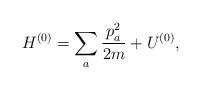
LaTeX: \begin{align*}H^{(0)}=\sum _a\frac{p_a^2}{2m}+U^{(0)},\end{align*}